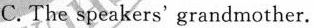
C.The speakers'grandmother.